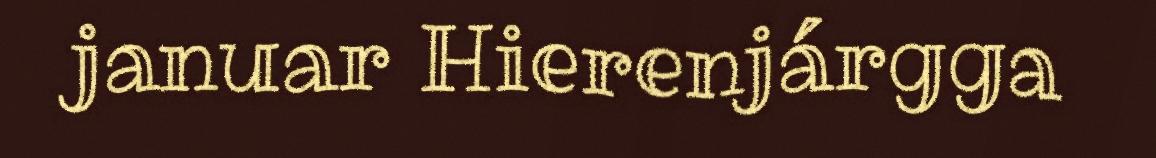
januar Hierenjárgga